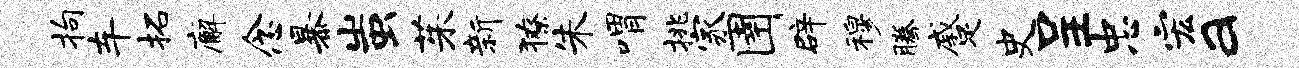
拘车拓廨念暴蚩茱新獠朱喟挑家圉辟穆腾蹙史呈忠宏a